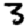
Digit: 3